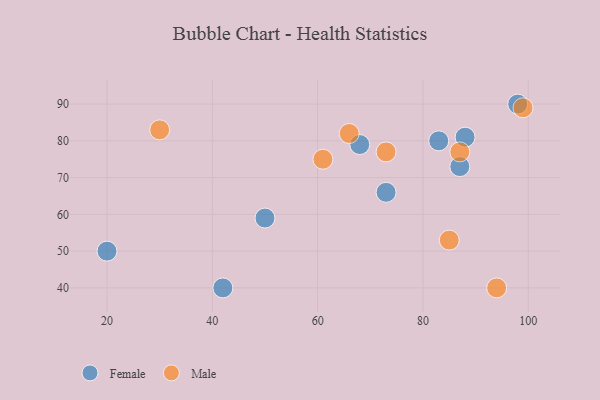
{"axis": {"x": "GDP", "y": "Life Expectancy"}, "legend": ["Female", "Male"], "data": [{"x": "83", "y": 80, "type": "Female"}, {"x": "73", "y": 66, "type": "Female"}, {"x": "98", "y": 90, "type": "Female"}, {"x": "68", "y": 79, "type": "Female"}, {"x": "20", "y": 50, "type": "Female"}, {"x": "50", "y": 59, "type": "Female"}, {"x": "88", "y": 81, "type": "Female"}, {"x": "87", "y": 73, "type": "Female"}, {"x": "42", "y": 40, "type": "Female"}, {"x": "73", "y": 77, "type": "Male"}, {"x": "30", "y": 83, "type": "Male"}, {"x": "85", "y": 53, "type": "Male"}, {"x": "87", "y": 77, "type": "Male"}, {"x": "99", "y": 89, "type": "Male"}, {"x": "66", "y": 82, "type": "Male"}, {"x": "94", "y": 40, "type": "Male"}, {"x": "61", "y": 75, "type": "Male"}]}